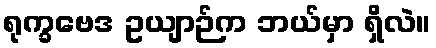
ရုက္ခဗေဒ ဥယျာဉ်က ဘယ်မှာ ရှိလဲ။